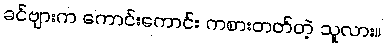
ခင်ဗျားက ကောင်းကောင်း ကစားတတ်တဲ့ သူလား။